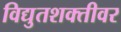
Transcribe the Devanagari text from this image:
विद्युतशक्तीवर